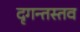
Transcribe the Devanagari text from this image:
दृगन्तस्तव